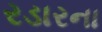
રડારના